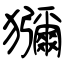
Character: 獼